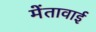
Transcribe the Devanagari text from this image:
मेंतावाई